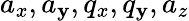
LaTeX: a_{x},a_{\mathbf{y}},q_{x},q_{\mathbf{y}},a_{z}